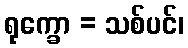
ရုက္ခော = သစ်ပင်၊